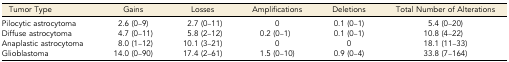
<table><thead><tr><td><b>Tumor Type</b></td><td><b>Gains</b></td><td><b>Losses</b></td><td><b>Amplifications</b></td><td><b>Deletions</b></td><td><b>Total Number of Alterations</b></td></tr></thead><tbody><tr><td>Pilocytic astrocytoma</td><td>2.6 (0–9)</td><td>2.7 (0–11)</td><td>0</td><td>0.1 (0–1)</td><td>5.4 (0–20)</td></tr><tr><td>Diffuse astrocytoma</td><td>4.7 (0–11)</td><td>5.8 (2–12)</td><td>0.2 (0–1)</td><td>0.1 (0–1)</td><td>10.8 (4–22)</td></tr><tr><td>Anaplastic astrocytoma</td><td>8.0 (1–12)</td><td>10.1 (3–21)</td><td>0</td><td>0</td><td>18.1 (11–33)</td></tr><tr><td>Glioblastoma</td><td>14.0 (0–90)</td><td>17.4 (2–61)</td><td>1.5 (0–10)</td><td>0.9 (0–4)</td><td>33.8 (7–164)</td></tr></tbody></table>